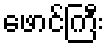
ဖောင်ကြီး